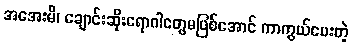
အအေးမိ၊ ချောင်းဆိုးရောဂါတွေမဖြစ်အောင် ကာကွယ်ပေးတဲ့